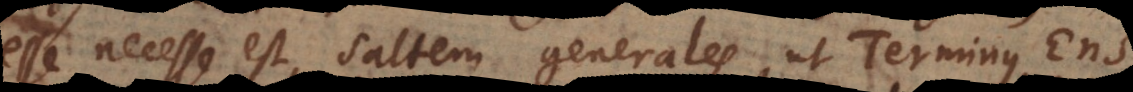
esse necesse est, saltem generales, ut Terminus, Ens,